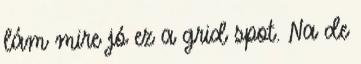
lám mire jó ez a grid spot. Na de